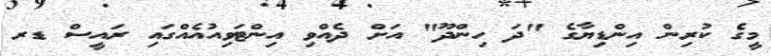
މީގެ ކުރިން އިންޑިޔާގެ "ދަ ހިންދޫ" އަށް ދެއްވި އިންޓަވިއުއެއްގައި ރައީސް ޑރ